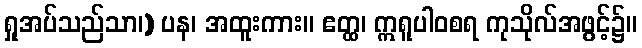
ရှုအပ်သည်သာ၊) ပန၊ အထူးကား။ ဧတ္ထ၊ ဣရူပါဝစရ ကုသိုလ်အဖွင့်၌။